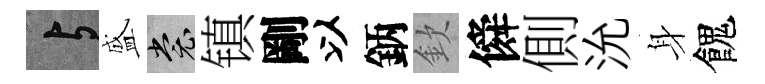
与盛裳镇剛以鈵欽僢側沇身餽